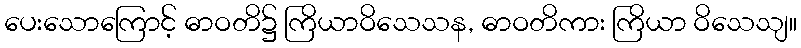
ပေးသောကြောင့် ဓာဝတိ၌ ကြိယာဝိသေသန, ဓာဝတိကား ကြိယာ ဝိသေသျ။